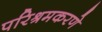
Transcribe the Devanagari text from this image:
परिश्रमकरणे